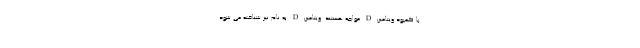
با کمبود ویتامین D مواجه هستند. ویتامین D به نام نیز شناخته می شود